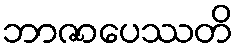
ဘာဇာပေဿတိ